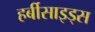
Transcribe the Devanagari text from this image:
हर्बीसाइड्स